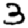
Digit: 3